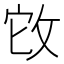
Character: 𢼊